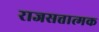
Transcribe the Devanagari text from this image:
राजसत्तात्मक